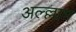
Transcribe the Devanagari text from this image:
अल्ल्लाम